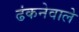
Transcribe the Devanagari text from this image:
ढंकनेवाले